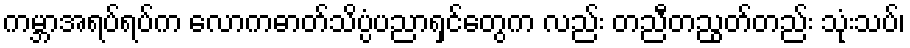
ကမ္ဘာအရပ်ရပ်က လောကဓာတ်သိပ္ပံပညာရှင်တွေက လည်း တညီတညွတ်တည်း သုံးသပ်၊